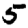
Digit: 5